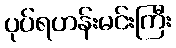
ပုပ်ရဟန်းမင်းကြီး